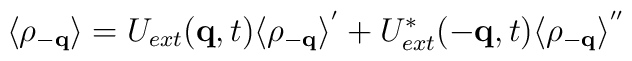
\langle \rho_{ -{\bf{q}} } \rangle = U_{ext}({\bf{q}},t)\langle \rho_{ -{\bf{q}} } \rangle^{'}+ U^{*}_{ext}(-{\bf{q}},t)\langle \rho_{ -{\bf{q}} } \rangle^{''}